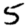
Digit: 5